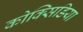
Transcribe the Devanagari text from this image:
कोक्सिडिया